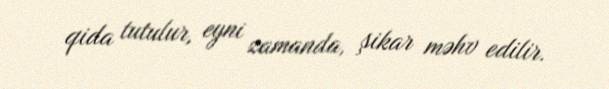
qida tutulur, eyni zamanda, şikar məhv edilir.